Senior Leaving Certificate Examination (including Day School Certificate (Higher) General paper), 1948
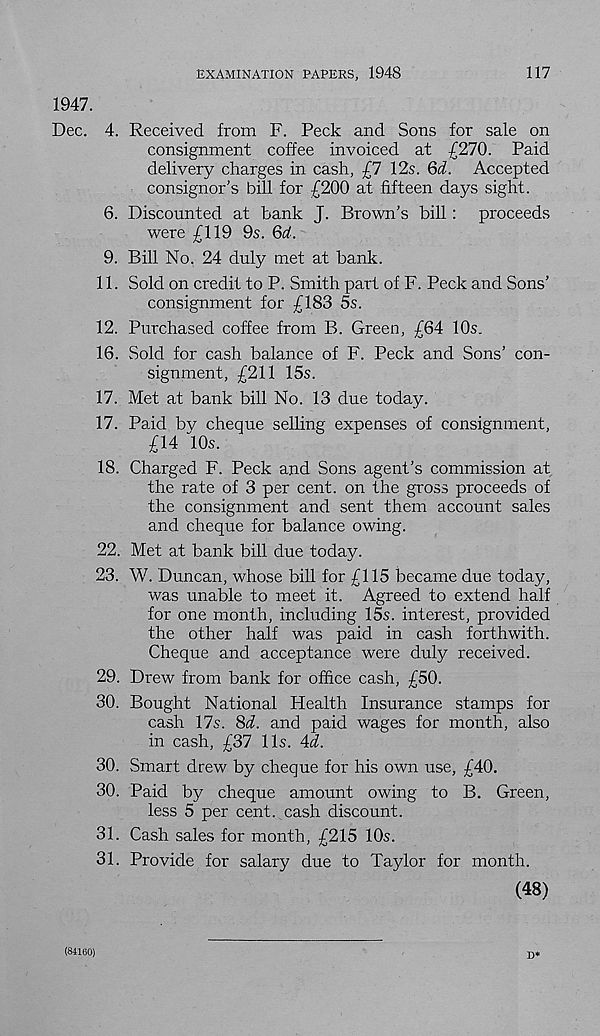
EXAMINATION PAPERS, 1948
117
1947.
Dec. 4. Received from F. Peck and Sons for sale on
consignment coffee invoiced at £270. Paid
delivery charges in cash, £1 12s. Qd. Accepted
consignor’s bill for £200 at fifteen days sight.
6. Discounted at bank J. Brown’s bill: proceeds
were £119 9s. Qd.
9. Bill No. 24 duly met at bank.
11. Sold on credit to P. Smith part of F. Peck and Sons’
consignment for £183 5s.
12. Purchased coffee from B. Green, £64 10s.
16. Sold for cash balance of F. Peck and Sons’ con-
signment, £211 15s.
17. Met at bank bill No. 13 due today.
17. Paid by cheque selling expenses of consignment,
£14 10s.
18. Charged F. Peck and Sons agent’s commission at
the rate of 3 per cent, on the gross proceeds of
the consignment and sent them account sales
and cheque for balance owing.
22. Met at bank bill due today.
23. W. Duncan, whose bill for £115 became due today,
was unable to meet it. Agreed to extend half
for one month, including 15s. interest, provided
the other half was paid in cash forthwith.
Cheque and acceptance were duly received.
29. Drew from bank for office cash, £50.
30. Bought National Flealth Insurance stamps for
cash 17s. 8d. and paid wages for month, also
in cash, £37 11s. 4d.
30. Smart drew by cheque for his own use, £40.
30. Paid by cheque amount owing to B. Green,
less 5 per cent, cash discount.
31. Cash sales for month, £215 10s.
31. Provide for salary due to Taylor for month.
(48)
D*
(84160)